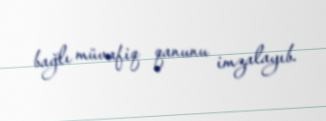
bağlı müvafiq qanunu imzalayıb.